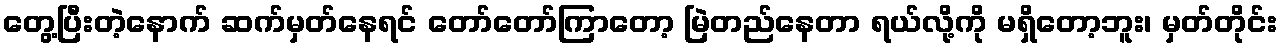
တွေ့ပြီးတဲ့နောက် ဆက်မှတ်နေရင် တော်တော်ကြာတော့ မြဲတည်နေတာ ရယ်လို့ကို မရှိတော့ဘူး၊ မှတ်တိုင်း